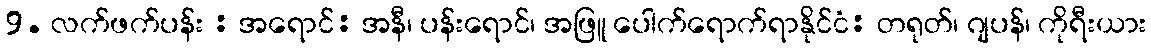
9. လက်ဖက်ပန်း : အရောင်: အနီ၊ ပန်းရောင်၊ အဖြူ ပေါက်ရောက်ရာနိုင်ငံ: တရုတ်၊ ဂျပန်၊ ကိုရီးယား